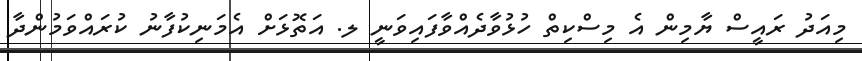
މިއަދު ރައީސް ޔާމިން އެ މިސްކިތް ހުޅުވާދެއްވާފައިވަނީ ލ. އަތޮޅަށް އެމަނިކުފާނު ކުރައްވަމުންދާ